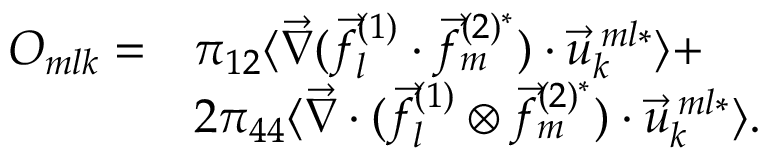
\begin{array} { r l } { O _ { m l k } = } & { \pi _ { 1 2 } \langle \vec { \nabla } ( \vec { f } _ { l } ^ { ( 1 ) } \cdot \vec { f } _ { m } ^ { ( 2 ) ^ { * } } ) \cdot \vec { u } _ { k } ^ { \: m l * } \rangle + } \\ & { 2 \pi _ { 4 4 } \langle \vec { \nabla } \cdot ( \vec { f } _ { l } ^ { ( 1 ) } \otimes \vec { f } _ { m } ^ { ( 2 ) ^ { * } } ) \cdot \vec { u } _ { k } ^ { \: m l * } \rangle . } \end{array}